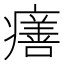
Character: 𤺪